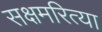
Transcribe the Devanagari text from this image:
सक्षमरित्या